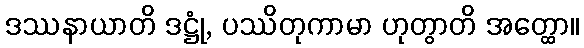
ဒဿနာယာတိ ဒဋ္ဌုံ, ပဿိတုကာမာ ဟုတွာတိ အတ္ထော။